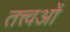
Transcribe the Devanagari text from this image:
तत्त्वओं